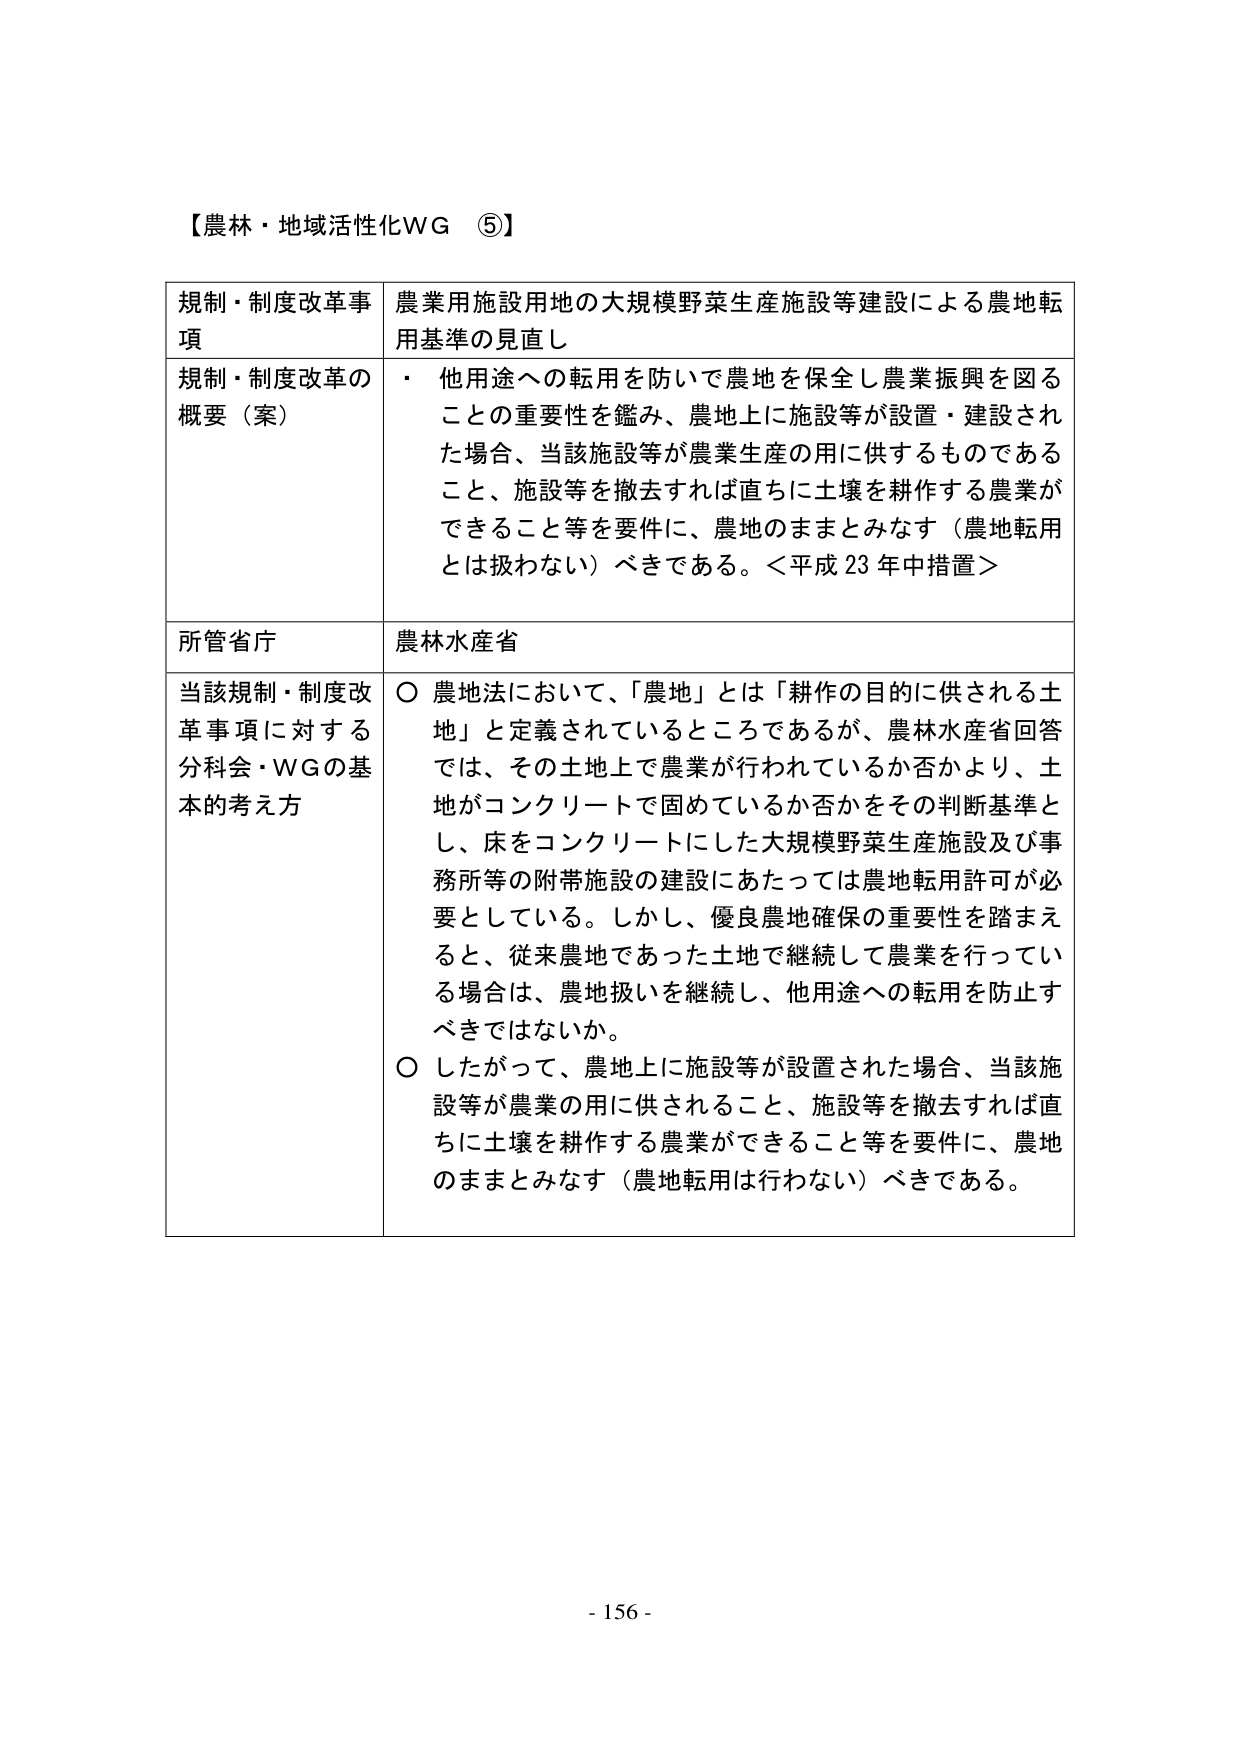
【農林・地域活性化WG ⑤】

規制・制度改革事項　農業用施設用地の大規模野菜生産施設等建設による農地転用基準の見直し

規制・制度改革の概要（案）　・ 他用途への転用を防いで農地を保全し農業振興を図ることの重要性を鑑み、農地上に施設等が設置・建設された場合、当該施設等が農業生産の用に供するものであること、施設等を撤去すれば直ちに土壌を耕作する農業ができること等を要件に、農地のままとみなす（農地転用とは扱わない）べきである。＜平成23年中措置＞

所管省庁　農林水産省

当該規制・制度改革事項に対する分科会・WGの基本的考え方　○ 農地法において、「農地」とは「耕作の目的に供される土地」と定義されているところであるが、農林水産省回答では、その土地上で農業が行われているか否かより、土地がコンクリートで固めているか否かをその判断基準とし、床をコンクリートにした大規模野菜生産施設及び事務所等の附帯施設の建設にあたっては農地転用許可が必要としている。しかし、優良農地確保の重要性を踏まえると、従来農地であった土地で継続して農業を行っている場合は、農地扱いを継続し、他用途への転用を防止すべきではないか。

○ したがって、農地上に施設等が設置された場合、当該施設等が農業の用に供されること、施設等を撤去すれば直ちに土壌を耕作する農業ができること等を要件に、農地のままとみなす（農地転用は行わない）べきである。

- 156 -